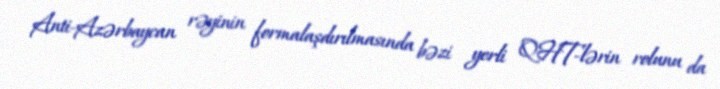
Anti-Azərbaycan rəyinin formalaşdırılmasında bəzi yerli QHT-lərin rolunu da